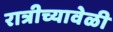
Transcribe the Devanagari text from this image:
रात्रीच्यावेळी